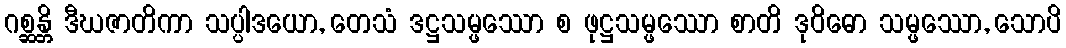
ဂစ္ဆန္တိ ဒီဃဇာတိကာ သပ္ပါဒယော, တေသံ ဒဋ္ဌသမ္ဖဿော စ ဖုဋ္ဌသမ္ဖဿော စာတိ ဒုဝိဓော သမ္ဖဿော, သောပိ